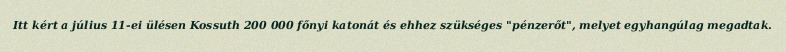
Itt kért a július 11-ei ülésen Kossuth 200 000 főnyi katonát és ehhez szükséges "pénzerőt", melyet egyhangúlag megadtak.